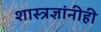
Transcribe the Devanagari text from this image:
शास्त्रज्ञांनीही